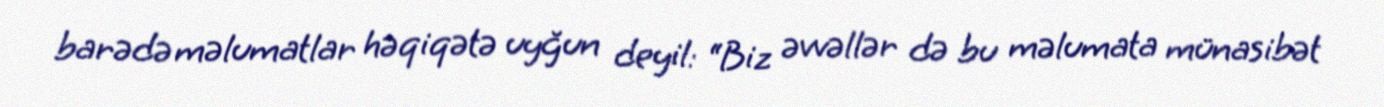
barədə məlumatlar həqiqətə uyğun deyil: “Biz əvvəllər də bu məlumata münasibət